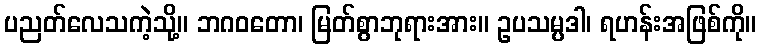
ပညတ်လေသကဲ့သို့။ ဘဂဝတော၊ မြတ်စွာဘုရားအား။ ဥပသမ္ပဒါ၊ ရဟန်းအဖြစ်ကို။